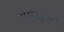
ચોપગો